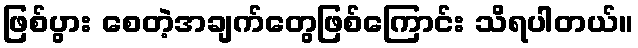
ဖြစ်ပွား စေတဲ့အချက်တွေဖြစ်ကြောင်း သိရပါတယ်။